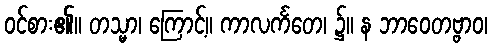
ဝင်စား၏။ တသ္မာ၊ ကြောင့်။ ကာလင်္ကတေ၊ ၌။ န ဘာဝေတဗ္ဗာဝ၊